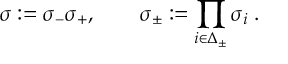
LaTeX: \sigma : = \sigma _ { - } \sigma _ { + } , \quad \quad \sigma _ { \pm } : = \prod _ { i \in \Delta _ { \pm } } \sigma _ { i } \; .